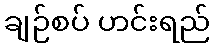
ချဉ်စပ် ဟင်းရည်